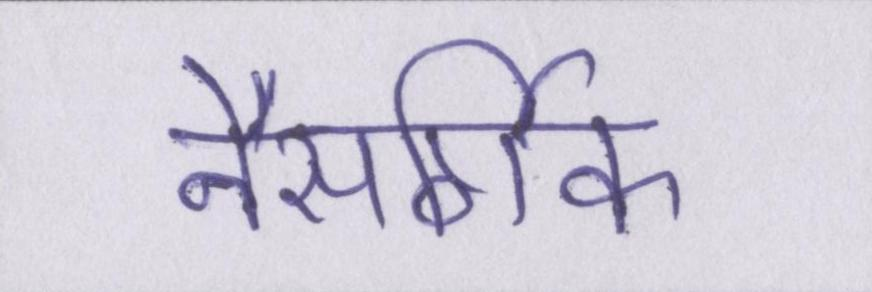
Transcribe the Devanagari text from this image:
नैसर्गिक